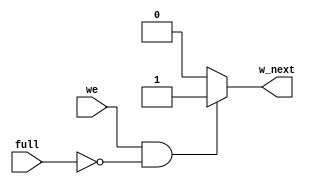
// A synchronous fifo write logic

module write_logic (
    input       we,              // Write enable
    input       full,            // Full
    output reg  w_next);         // Write next

    //If FIFO full write counter should not increment
    always @(*) begin
        if (we && (!full))
            w_next=1;
        else
            w_next=0;
    end

endmodule